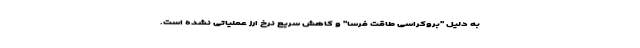
به دلیل "بروکراسی طاقت فرسا" و کاهش سریع نرخ ارز عملیاتی نشده است.